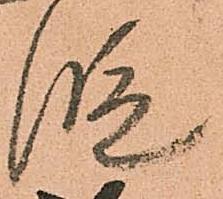
段